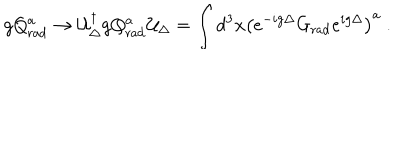
g Q _ { \mathrm { r a d } } ^ { a } \to { \cal U } _ { \Delta } ^ { \dagger } g Q _ { \mathrm { r a d } } ^ { a } { \cal U } _ { \Delta } = \int d ^ { 3 } x \left( e ^ { - i g \Delta } G _ { \mathrm { r a d } } e ^ { i g \Delta } \right) ^ { a } \ .